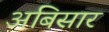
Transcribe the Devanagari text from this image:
अबिसार